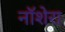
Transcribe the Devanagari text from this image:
नॉशेरा